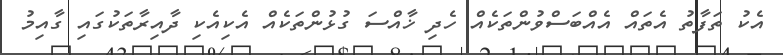
އެކު ތަފާތު އެތައް އެއްބަސްވުންތަކެއް ހެދި ޚާއްސަ ގުޅުންތަކެއް އެކިއެކި ދާއިރާތަކުގައި ގާއިމު